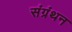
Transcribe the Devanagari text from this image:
संग्रंथन